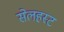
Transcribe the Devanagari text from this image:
सेलहस्ट